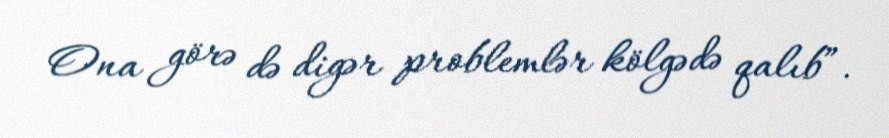
Ona görə də digər problemlər kölgədə qalıb”.